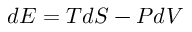
d E = T d S - P d V